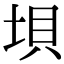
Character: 垻